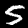
Label: 5